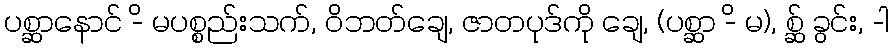
ပစ္ဆာနောင် -ိ မပစ္စည်းသက်, ဝိဘတ်ချေ, ဇာတပုဒ်ကို ချေ, (ပစ္ဆာ -ိ မ), စ္ဆ် ခွင်း, -ါ